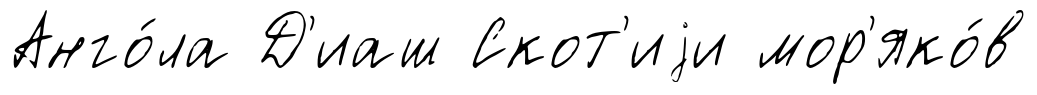
Анго́ла Д'иаш Скот'иjи мор'яко́в